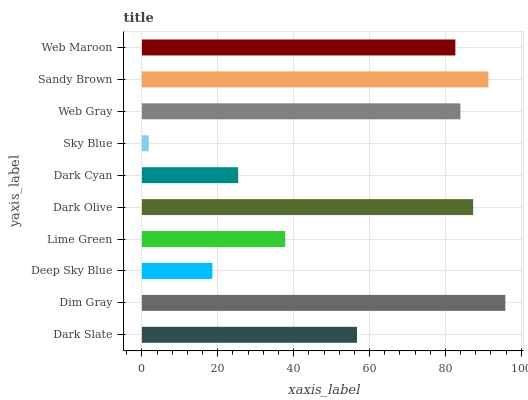
| yaxis_label | bars |
 | --- | --- |
 | Dark Slate | 56.7 |
 | Dim Gray | 95.8 |
 | Deep Sky Blue | 18.6 |
 | Lime Green | 37.8 |
 | Dark Olive | 87.3 |
 | Dark Cyan | 25.4 |
 | Sky Blue | 1.81 |
 | Web Gray | 83.9 |
 | Sandy Brown | 91.3 |
 | Web Maroon | 82.6 |